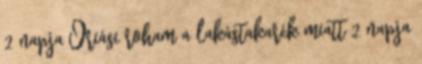
2 napja Óriási roham a lakástakarék miatt 2 napja